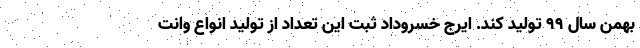
بهمن سال ۹۹ تولید کند. ایرج خسروداد ثبت این تعداد از تولید انواع وانت